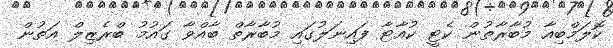
ކޮލަމްބިއާ މުބާރާތުން ކެޓީ ކުއާޓާ ފައިނަލުގައި މުބާރާތް ބާއްވާ ގައުމު ބްރެޒިލް އަތުން